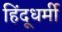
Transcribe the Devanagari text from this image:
हिंदूधर्मी